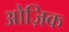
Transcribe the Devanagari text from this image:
ओज़िक